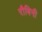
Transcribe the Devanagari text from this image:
रौबिनी